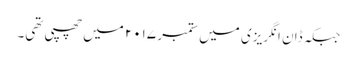
جبکہ ڈان انگریزی میں ستمبر ۲۰۱۷ میں چھپی تھی۔